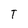
Character: T